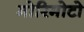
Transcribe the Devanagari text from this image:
मोरिमोटो